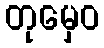
တုမှေဝ